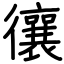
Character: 忀